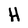
Character: h